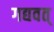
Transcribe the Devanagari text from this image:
गद्यवत्